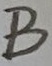
Text: B